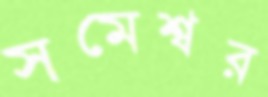
সমেশ্বর